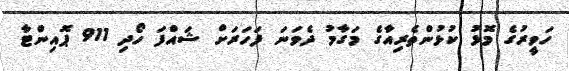
ހަވީރުގެ މޮޅު ކުޅުންތެރިއާގެ މަގާމު ދެވަނަ ފަހަރަށް ޝައްފަ ހޯދި 911 ޕޮއިންޓާ